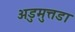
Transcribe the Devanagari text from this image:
अडुमुत्तडा